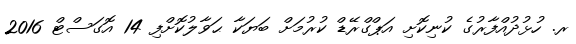
ރ. ހުޅުދުއްފާރުގެ ކުނިކޮށި އަޕްގްރޭޑް ކުރުމަށް ބަޔަކާ ޙަވާލުކޮށްފި 14 އޮގަސްޓް 2016